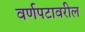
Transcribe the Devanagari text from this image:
वर्णपटावरील